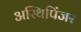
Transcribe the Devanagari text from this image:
अस्थिपिंजर